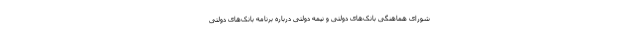
شورای هماهنگی بانک‌های دولتی و نیمه دولتی درباره برنامه بانک‌های دولتی